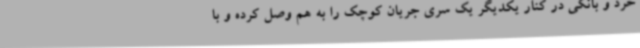
خرد و بانکی در کنار یکدیگر یک سری جریان کوچک را به هم وصل کرده و با